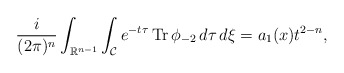
\begin{align*} \frac{i}{(2 \pi)^{n}}\int_{\mathbb{R}^{n-1}}\int_{\mathcal{C}} e^{-t\tau} \operatorname{Tr} \phi_{-2} \,d\tau \,d\xi =a_1(x)t^{2-n},\end{align*}